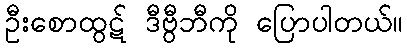
ဦးစောထွဋ် ဒီဗွီဘီကို ပြောပါတယ်။